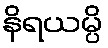
နိရယမ္ပိ